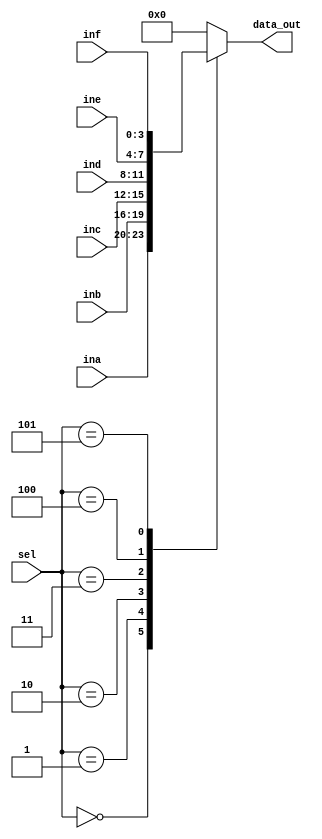
module Mux(
    input [2:0] sel,
    input [3:0] ina,
    input [3:0] inb,
    input [3:0] inc,
    input [3:0] ind,
    input [3:0] ine,
    input [3:0] inf,
    output reg [3:0] data_out
);
    always@(*)
        case(sel) 
            3'b000 : data_out = ina;
            3'b001 : data_out = inb;
            3'b010 : data_out = inc;
            3'b011 : data_out = ind;
            3'b100 : data_out = ine;
            3'b101 : data_out = inf;
            default : data_out = 0;
        endcase
endmodule